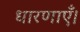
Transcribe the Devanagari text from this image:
धारणाएँ।